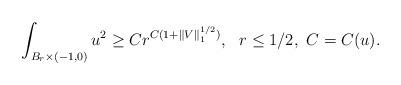
LaTeX: \begin{align*}\int_{B_r \times (-1, 0)} u^2 \geq C r^{C(1+ \|V\|_1^{1/2})},\ \ r\leq 1/2,\ C=C(u).\end{align*}